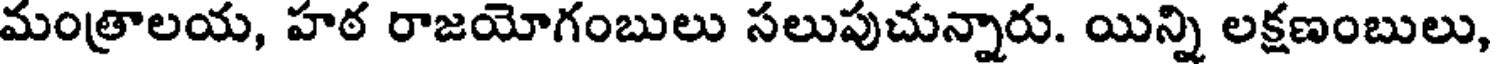
మంత్రాలయ, హఠ రాజయోగంబులు సలుపుచున్నారు. యిన్ని లక్షణంబులు,